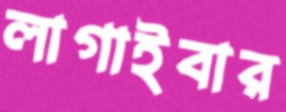
লাগাইবার